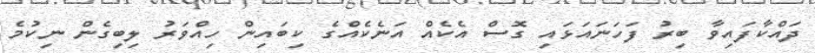
ދައްކާފައިވާ ބިރު ފަހަނައަޅައި ގޮސް އެކެއް އަނެކެއްގެ ކިބައިން ހިއްވަރު ލިބިގެން ނިކުމެ